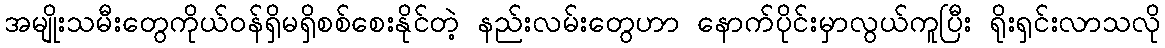
အမျိုးသမီးတွေကိုယ်ဝန်ရှိမရှိစစ်စေးနိုင်တဲ့ နည်းလမ်းတွေဟာ နောက်ပိုင်းမှာလွယ်ကူပြီး ရိုးရှင်းလာသလို